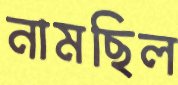
নামছিল